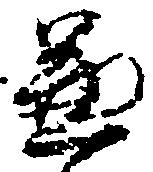
兼